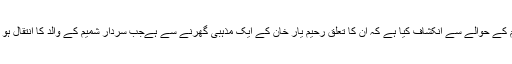
اپنے وڈیو پیغام میں سینئر صحافی و تجزیہ نگار نے چیف جسٹس لاہور ہائیکورٹ سردار شمیم کے حوالے سے انکشاف کیا ہے کہ ان کا تعلق رحیم یار خان کے ایک مذہبی گھرنے سے ہےجب سردار شمیم کے والد کا انتقال ہو ا تو طارق جمیل ان کی نمازہ جنازہ پڑھانے گئے تھے ، وہ مولانا طارق جمیل کے مرید ہیں ۔